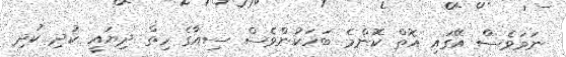
ނަމަވެސް އޭގައި އޮތް ކޮންމެ ބަހަކުންވެސް ސިއާގެ ހިތް ދިޔައީ ކުދި ކުދި